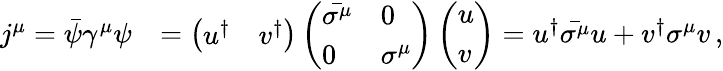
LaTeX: \begin{array}{rl}{j^{\mu}=\bar{\psi}\gamma^{\mu}\psi}&{=\left(\begin{array}{ll}{u^{\dagger}}&{v^{\dagger}}\end{array}\right)\left(\begin{array}{ll}{\bar{\sigma^{\mu}}}&{0}\\ {0}&{\sigma^{\mu}}\end{array}\right)\left(\begin{array}{l}{u}\\ {v}\end{array}\right)=u^{\dagger}\bar{\sigma^{\mu}}u+v^{\dagger}\sigma^{\mu}v\, ,}\end{array}